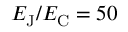
E _ { \mathrm { { J } } } / E _ { \mathrm { { C } } } = 5 0